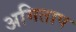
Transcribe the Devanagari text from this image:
अमिताप